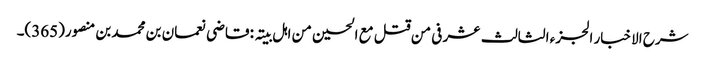
شرح الاخبار الجزء الثالث عشر فی من قتل مع الحسین من اہل بیتہ : قاضی نعمان بن محمد بن منصور(365)۔